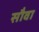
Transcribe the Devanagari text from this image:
सौवा